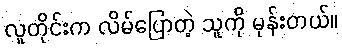
လူတိုင်းက လိမ်ပြောတဲ့ သူကို မုန်းတယ်။